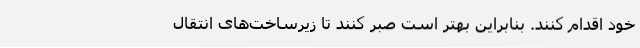
خود اقدام کنند. بنابراین بهتر است صبر کنند تا زیرساخت‌های انتقال